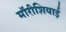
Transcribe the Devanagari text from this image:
मॉरीशियाई